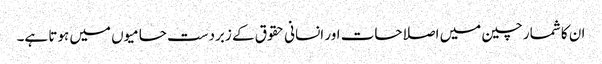
ان کا شمار چین میں اصلاحات اور انسانی حقوق کے زبردست حامیوں میں ہوتا ہے۔